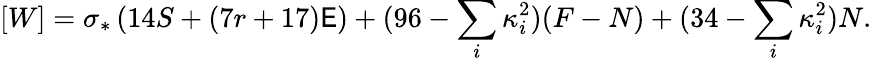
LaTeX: [W]=\sigma_{*}\left(14S+(7r+17)\mathsf{E}\right)+(96-\sum_{i}\kappa_{i}^{2})(F-N)+(34-\sum_{i}\kappa_{i}^{2})N.